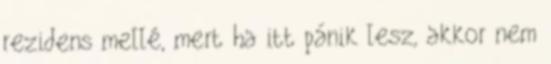
rezidens mellé, mert ha itt pánik lesz, akkor nem